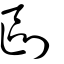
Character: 剾